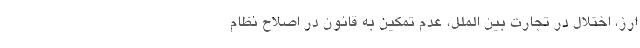
ارز، اختلال در تجارت بین الملل، عدم تمکین به قانون در اصلاح نظام